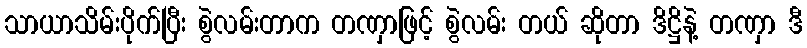
သာယာသိမ်းပိုက်ပြီး စွဲလမ်းတာက တဏှာဖြင့် စွဲလမ်း တယ် ဆိုတာ ဒိဋ္ဌိနဲ့ တဏှာ ဒီ